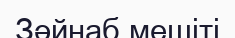
Зәйнаб мешіті